Civil Veterinary Department. Madras. Admin. report 1926-33 - 1926-1933
Year: 1926
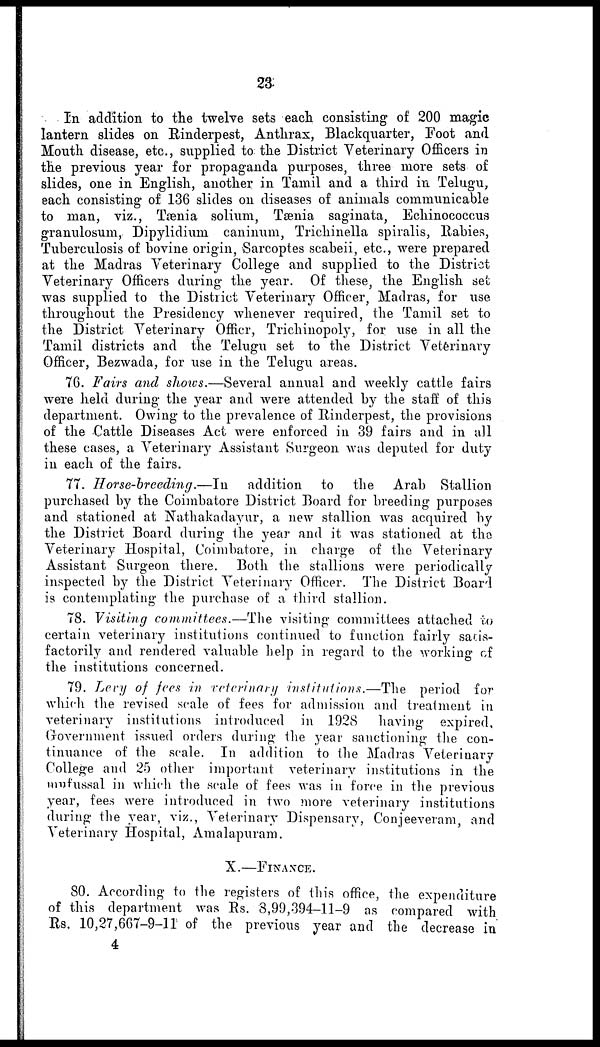
23
In addition to the twelve sets each consisting of 200 magic
lantern slides on Rinderpest, Anthrax, Blackquarter, Foot and
Month disease, etc., supplied to the District Veterinary Officers in
the previous year for propaganda purposes, three more sets of
slides, one in English, another in Tamil and a third in Telugu,
each consisting of 136 slides on diseases of animals communicable
to man, viz., Tænia solium, Tænia saginata, Echinococcus
granulosum, Dipylidium caninum, Trichinella spiralis, Rabies,
Tuberculosis of bovine origin, Sarcoptes scabeii, etc., were prepared
at the Madras Veterinary College and supplied to the District
Veterinary Officers during the year. Of these, the English set
was supplied to the District Veterinary Officer, Madras, for use
throughout the Presidency whenever required, the Tamil set to
the District Veterinary Officr, Trichinopoly, for use in all the
Tamil districts and the Telugu set to the District Veterinary
Officer, Bezwada, for use in the Telugu areas.
76. Fairs and shows.—Several annual and weekly cattle fairs
were held during the year and were attended by the staff of this
department. Owing to the prevalence of Rinderpest, the provisions
of the Cattle Diseases Act were enforced in 39 fairs and in all
these cases, a Veterinary Assistant Surgeon was deputed for duty
in each of the fairs.
77. Horse-breeding.—In
addition to the Arab Stallion
purchased by the Coimbatore District Board for breeding purposes
and stationed at Nathakadayur, a new stallion was acquired by
the District Board during the year and it was stationed at the
Veterinary Hospital, Coimbatore, in charge of the Veterinary
Assistant Surgeon there. Both the stallions were periodically
inspected by the District Veterinary Officer. The District Board
is contemplating the purchase of a third stallion.
78. Visiting committees.—The visiting committees attached to
certain veterinary institutions continued to function fairly satis-
factorily and rendered valuable help in regard to the working of
the institutions concerned.
79. Levy of fees in veterinary institutions.—The period for
which the revised scale of fees for admission and treatment in
veterinary institutions introduced in 1928 having expired.
Government issued orders during the year sanctioning the con-
tinuance of the scale. In addition to the Madras Veterinary
College and 25 other important veterinary institutions in the
mufusaal in which the scale of fees was in force in the previous
year, fees were introduced in two more veterinary institutions
during the year, viz., Veterinary Dispensary, Conjeeveram, and
Veterinary Hospital, Amalapuram.
X.—FINANCE.
80. According to the registers of this office, the expenditure
of this department was Rs. 8,99,394-11-9 as compared with
Rs. 10,27,667-9-11 of the previous year and the decrease in
4